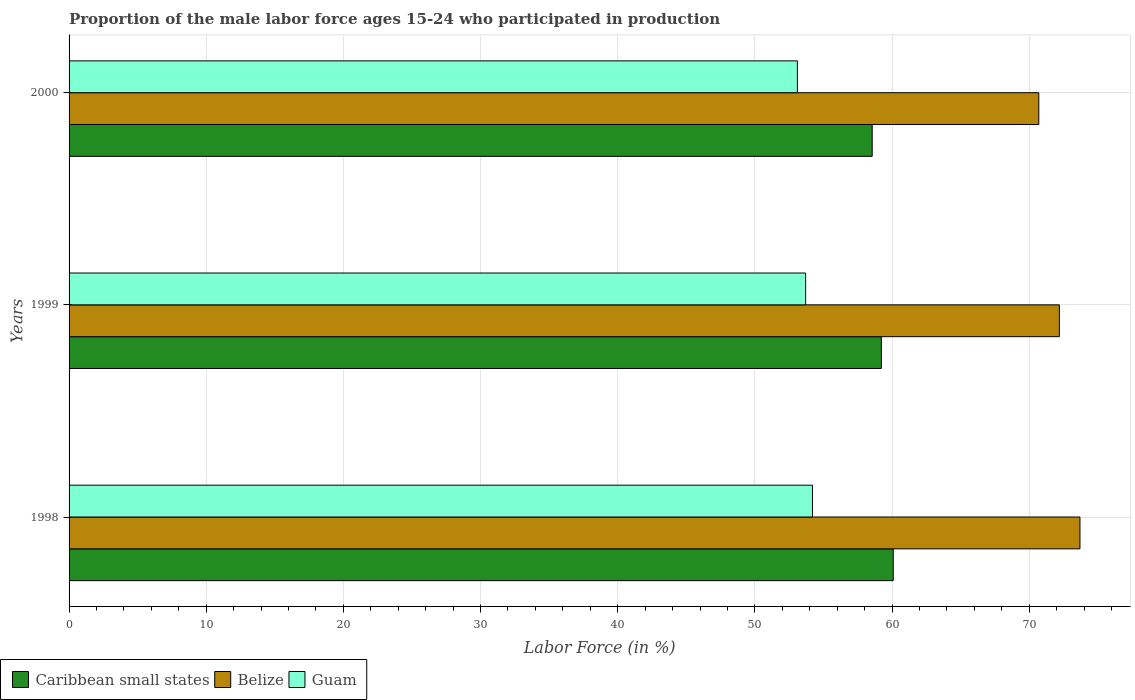
| Years | Caribbean small states | Belize | Guam |
 | --- | --- | --- | --- |
 | 1998 | 60.1 | 73.7 | 54.2 |
 | 1999 | 59.2 | 72.2 | 53.7 |
 | 2000 | 58.6 | 70.7 | 53.1 |